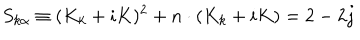
S _ { k \alpha } \equiv ( K _ { k } + i K ) ^ { 2 } + n \cdot ( K _ { k } + i K ) = 2 - 2 j